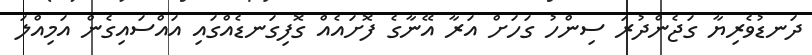
ދަނޑުވެރިޔާ ގަޖެންދުރަ ސިންހު ގަހަށް އަރާ އޭނާގެ ފޮށައެއް ގޮފިގަނޑެއްގައި އައްސައިގެން އަމިއްލަ